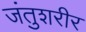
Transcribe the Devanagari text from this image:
जंतुशरीर